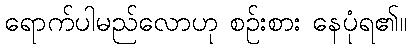
ရောက်ပါမည်လောဟု စဉ်းစား နေပုံရ၏။